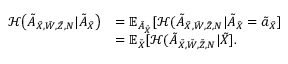
\begin{array} { r l } { \mathcal { H } \big ( \tilde { A } _ { { { \tilde { X } } } , \tilde { W } , \tilde { Z } , N } | \tilde { A } _ { { { \tilde { X } } } } \big ) } & { = \mathbb { E } _ { \tilde { A } _ { { \tilde { X } } } } [ \mathcal { H } ( \tilde { A } _ { { { \tilde { X } } } , \tilde { W } , \tilde { Z } , N } | \tilde { A } _ { { { \tilde { X } } } } = \tilde { a } _ { \tilde { X } } ] } \\ & { = \mathbb { E } _ { \tilde { X } } [ \mathcal { H } ( \tilde { A } _ { { { \tilde { X } } } , \tilde { W } , \tilde { Z } , N } | { { { \tilde { X } } } } ] . } \end{array}